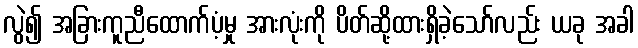
လွဲ၍ အခြားကူညီထောက်ပံ့မှု အားလုံးကို ပိတ်ဆို့ထားရှိခဲ့သော်လည်း ယခု အခါ